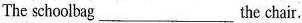
The schoolbag ___ the chair.